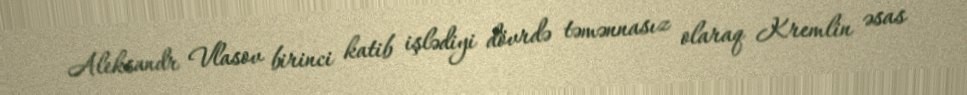
Aleksandr Vlasov birinci katib işlədiyi dövrdə təmənnasız olaraq Kremlin əsas